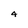
Character: 4